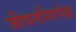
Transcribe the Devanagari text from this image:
जीवननिरपेक्ष